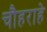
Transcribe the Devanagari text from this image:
चौहराहे